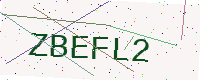
Text: ZBEFL2